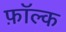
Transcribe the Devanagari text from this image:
फ़ॉल्क